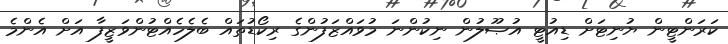
ކަރަންޓީން ޔުނިޓަށް ޑިއުޓީ އުޞޫލުން ނިކުންނަ މުވައްޒަފުންގެ ރިކޯޑުތައް ބެލެހެއްޓުންވަޒީފާ އަށް އެންމެ